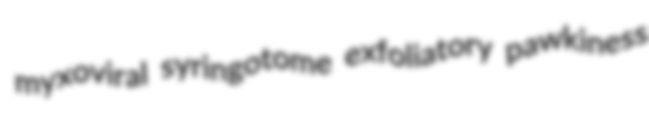
myxoviral syringotome exfoliatory pawkiness